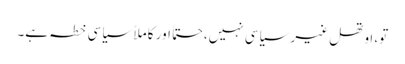
تو، اوتھل غیر سیاسی نہیں، حتماً اور کاملاً سیاسی خطہ ہے۔